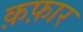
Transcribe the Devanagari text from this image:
क़फ़ार